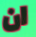
ان